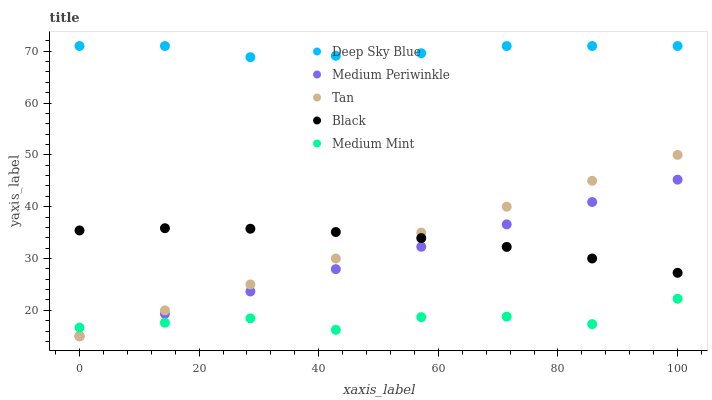
| xaxis_label | Deep Sky Blue | Medium Periwinkle | Tan | Black | Medium Mint |
 | --- | --- | --- | --- | --- | --- |
 | 0 | 71 | 15 | 15 | 35.4 | 16.7 |
 | 14.3 | 71 | 19.3 | 20 | 35.8 | 17.6 |
 | 28.6 | 68.8 | 23.6 | 25 | 35.7 | 18.5 |
 | 42.9 | 69.1 | 27.9 | 30 | 35.1 | 16.2 |
 | 57.1 | 69.6 | 32.3 | 35 | 33.9 | 18.7 |
 | 71.4 | 71 | 36.6 | 40 | 32.2 | 18.8 |
 | 85.7 | 71 | 40.9 | 45 | 30 | 17.3 |
 | 100 | 71 | 45.2 | 50 | 27.2 | 22.2 |